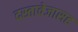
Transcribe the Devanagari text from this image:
दस्तावेजासह